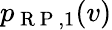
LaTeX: p_{\mathrm{~R~P~},1}(v)